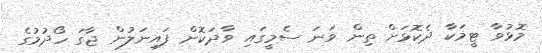
މޮޅުވާ ޓީމަކާ ދެކޮޅަށް ތިން ވަނަ ސެމީގައި ވާދަކޮށް ފައިނަލުން ޖާގަ ހޯދުމުގެ